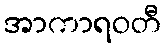
အာကာရဝတီ